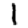
Digit: 1